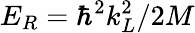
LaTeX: E_{R}=\hbar^{2}k_{L}^{2}/2M